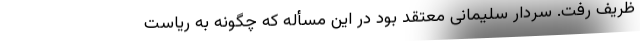
ظریف رفت. سردار سلیمانی معتقد بود در این مسأله که چگونه به ریاست